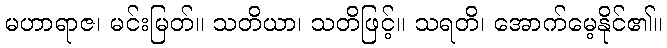
မဟာရာဇ၊ မင်းမြတ်။ သတိယာ၊ သတိဖြင့်။ သရတိ၊ အောက်မေ့နိုင်၏။